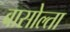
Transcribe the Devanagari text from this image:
बासोल्ता